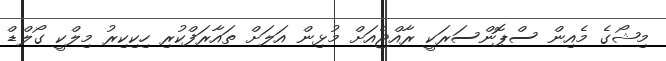
މިޝޯގެ މެއިން ސްޕޮންސަރަކީ ރާއްޖެއަށް މުޅިން އަލަށް ތައާރަފްކުރި ހިކިކިރު މިލްކީ ގޯލްޑް